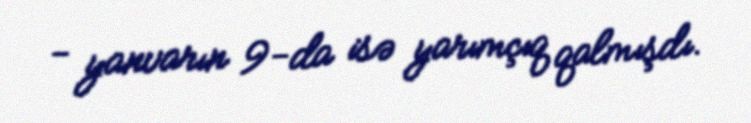
- yanvarın 9-da isə yarımçıq qalmışdı.